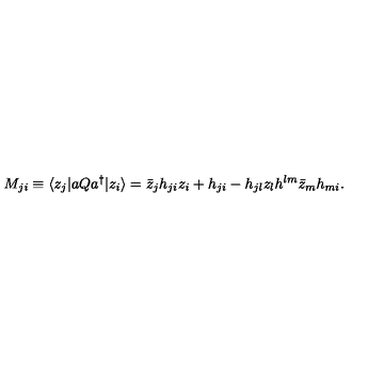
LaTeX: M _ { j i } \equiv \langle z _ { j } | a Q a ^ { \dagger } | z _ { i } \rangle = \bar { z } _ { j } h _ { j i } z _ { i } + h _ { j i } - h _ { j l } z _ { l } h ^ { l m } \bar { z } _ { m } h _ { m i } .